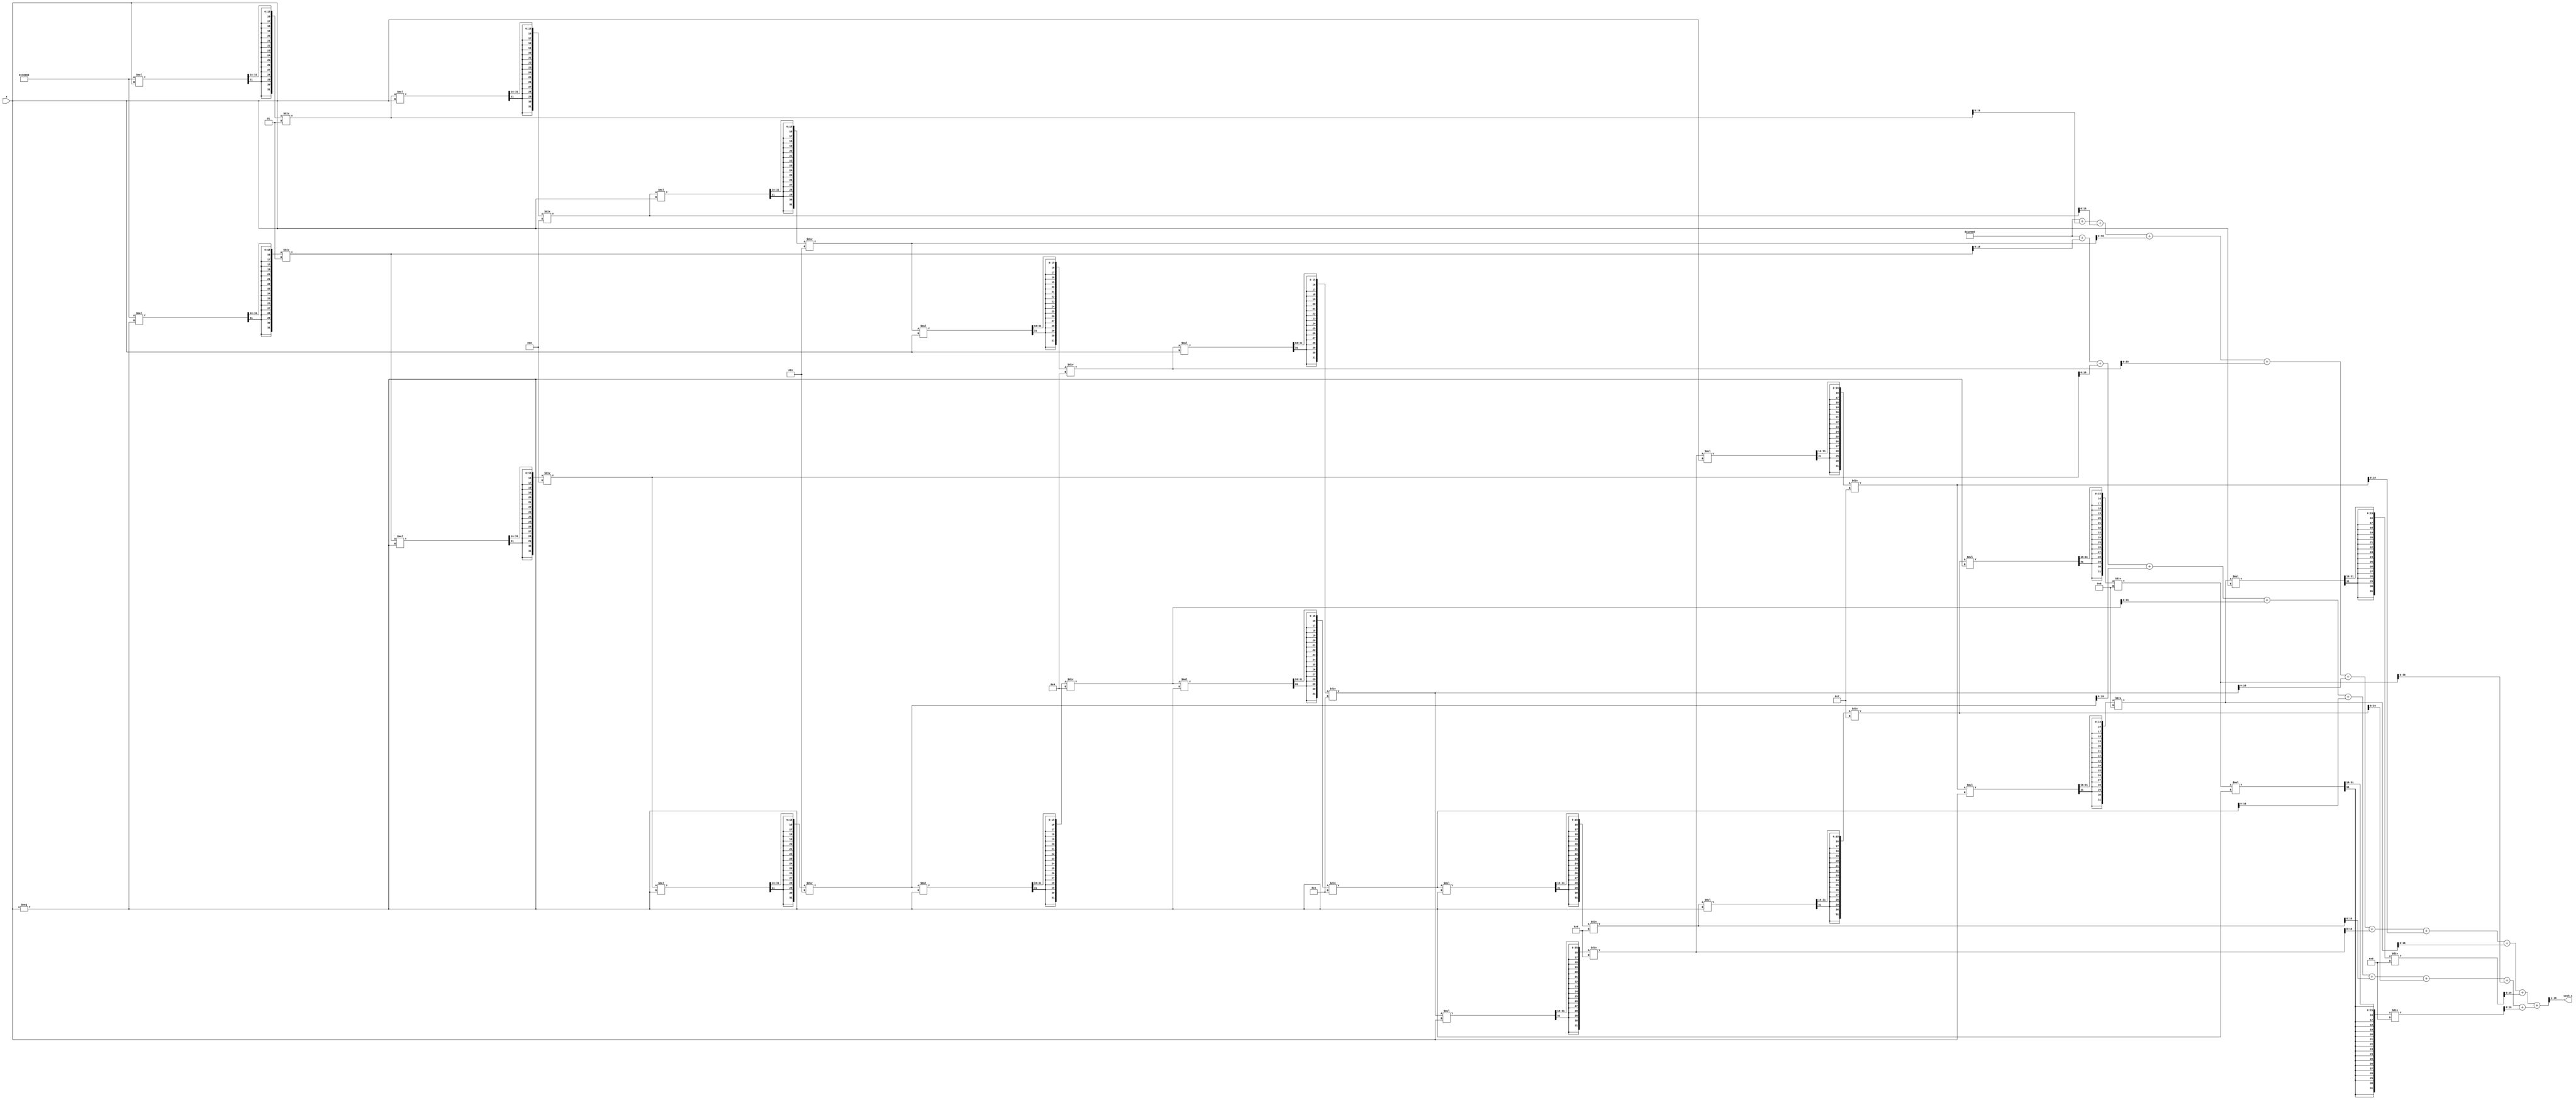
module hyperbolic_cosh (
    input signed [15:0] x,          // Input: Fixed-point representation of x
    output reg signed [15:0] cosh_x  // Output: Fixed-point representation of cosh(x)
);
    reg signed [31:0] exp_x;        // e^x
    reg signed [31:0] exp_neg_x;    // e^(-x)
    reg signed [31:0] sum;           // Sum of e^x and e^(-x)

    // Exponentiation using Taylor series approximation
    function signed [31:0] exp_taylor(input signed [15:0] x);
        reg signed [31:0] term;
        reg signed [31:0] result;
        integer i;
        begin
            term = 32'h00010000; // 1 in fixed-point (16.16 format)
            result = term; // Start with the first term of the series
            for (i = 1; i < 10; i = i + 1) begin // 10 terms for approximation
                term = (term * x) >>> 16; // Multiply by x and shift right to maintain precision
                term = term / i; // Divide by i (factorial)
                result = result + term; // Add term to result
            end
            exp_taylor = result;
        end
    endfunction

    always @(*) begin
        // Compute e^x and e^(-x)
        exp_x = exp_taylor(x);
        exp_neg_x = exp_taylor(-x);
        
        // Compute sum of e^x and e^(-x)
        sum = exp_x + exp_neg_x;
        
        // Compute cosh(x) = (e^x + e^(-x)) / 2
        cosh_x = sum >>> 1; // Right shift by 1 to divide by 2
    end
endmodule